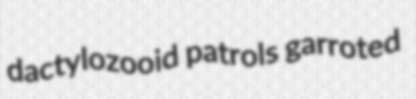
dactylozooid patrols garroted